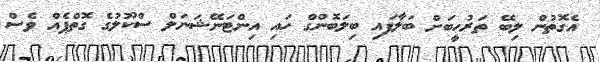
އެގޮތުން ލިބޭ ތަރުހީބަށް ބަލާފައި ބިލަބޮންގް ހައި އިންޓަނޭޝަނަލް ސްކޫލުގެ ގޮތްޕެއް ވެސް